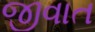
જીવાત